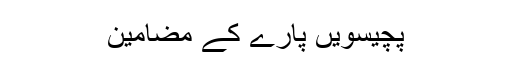
پچیسویں پارے کے مضامین